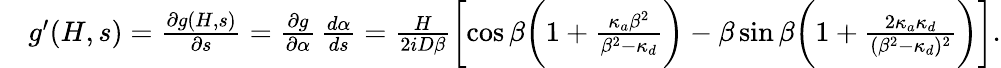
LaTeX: \begin{array}{rl}&{g^{\prime}(H,s)=\frac{\partial g(H,s)}{\partial s}=\frac{\partial g}{\partial\alpha}\, \frac{d\alpha}{ds}=\frac{H}{2iD\beta}\biggl[\cos\beta\biggl(1+\frac{\kappa_{a}\beta^{2}}{\beta^{2}-\kappa_{d}}\biggr)-\beta\sin\beta\biggl(1+\frac{2\kappa_{a}\kappa_{d}}{(\beta^{2}-\kappa_{d})^{2}}\biggr)\biggr].}\end{array}